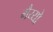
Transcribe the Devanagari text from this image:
मैय्यो